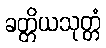
ခတ္တိယသုတ္တံ